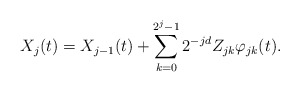
\begin{align*}X_j(t)=X_{j-1}(t)+\sum_{k=0}^{2^{j}-1}2^{-jd}Z_{jk}\varphi_{jk}(t).\end{align*}